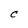
Character: C